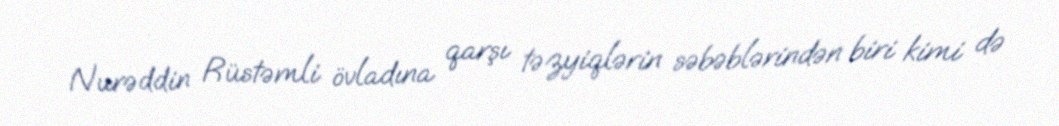
Nurəddin Rüstəmli övladına qarşı təzyiqlərin səbəblərindən biri kimi də